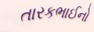
તારકભાઈનો